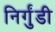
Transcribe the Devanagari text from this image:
निर्गुंडी